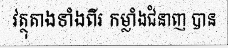
វត្ថុតាងទាំងពីរ កម្លាំងជំនាញ បាន